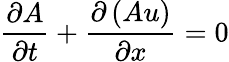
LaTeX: {\frac{\partial A}{\partial t}}+{\frac{\partial\left(Au\right)}{\partial x}}=0